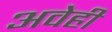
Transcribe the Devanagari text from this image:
अवेही